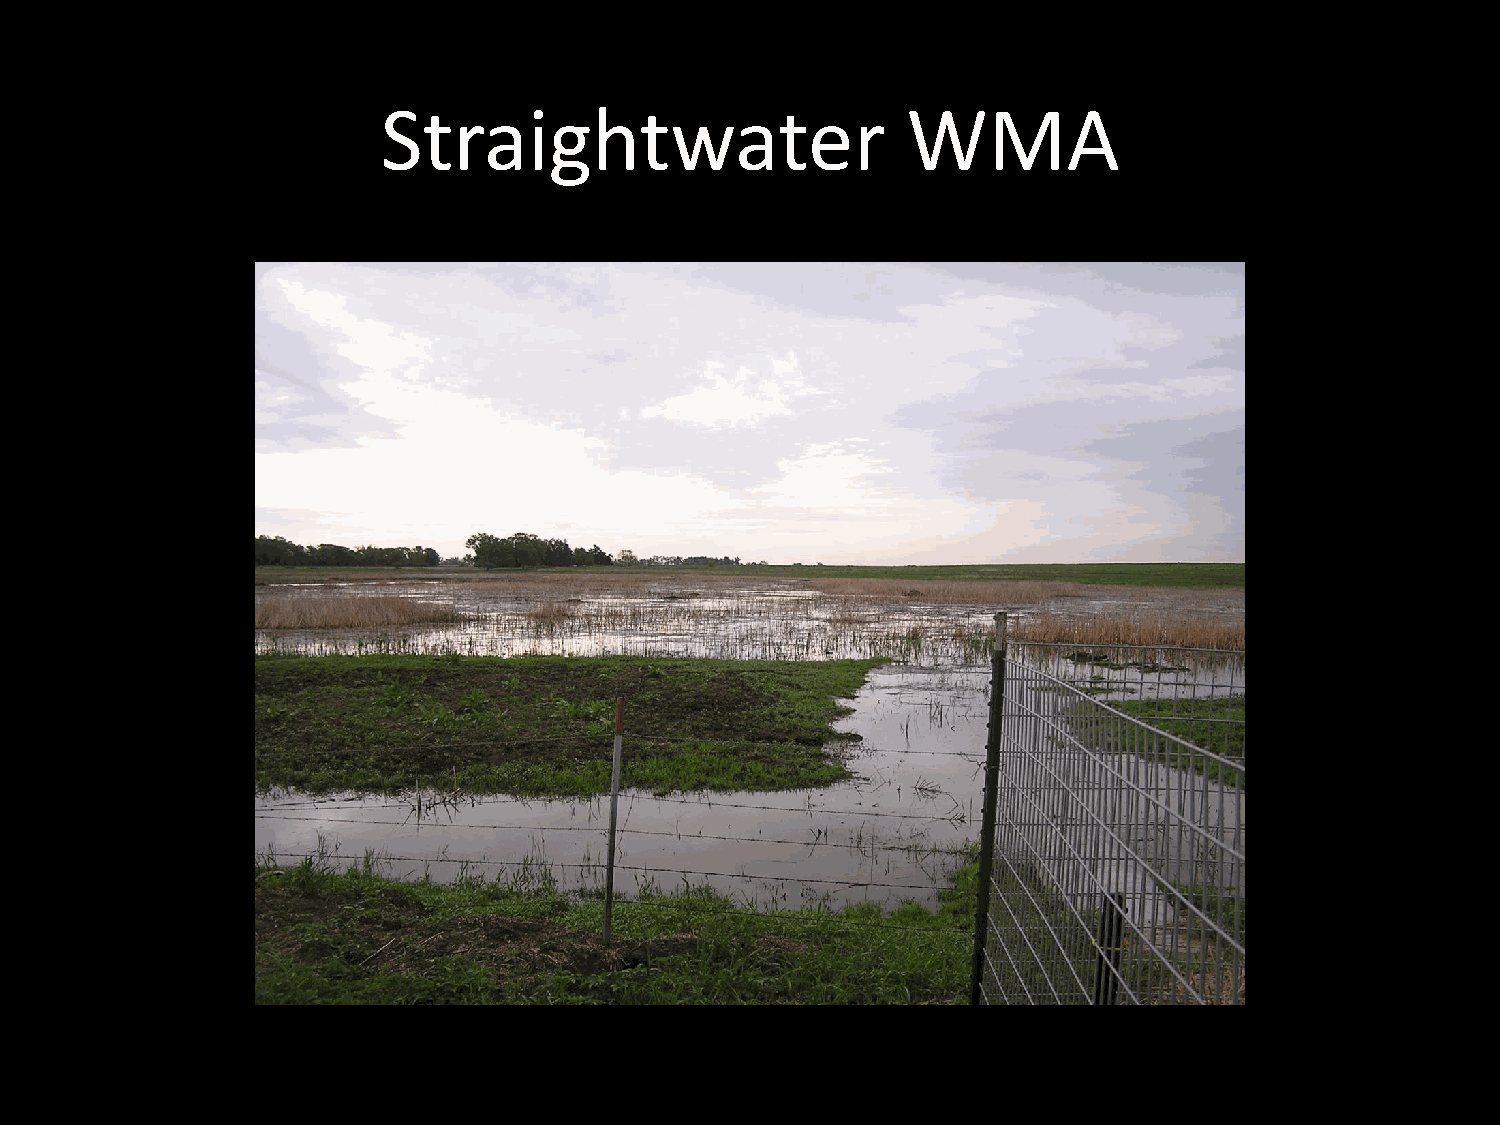
Straightwater                      WMA